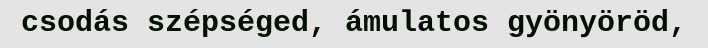
csodás szépséged, ámulatos gyönyöröd,